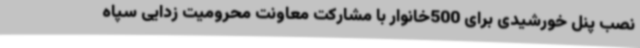
نصب پنل خورشیدی برای 500خانوار با مشارکت معاونت محرومیت زدایی سپاه